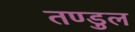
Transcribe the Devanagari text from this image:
तण्डुल